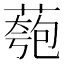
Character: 𫉌